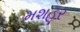
મશહૂર